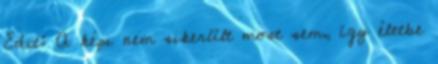
Edit: A képi nem sikerült most sem, így életbe